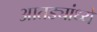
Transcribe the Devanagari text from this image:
आतड्यांध्ये